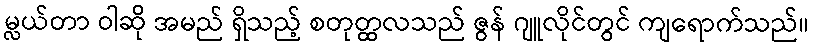
မ္လယ်တာ ဝါဆို အမည် ရှိသည့် စတုတ္ထလသည် ဇွန် ဂျူလိုင်တွင် ကျရောက်သည်။